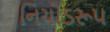
નિચોડરૂપ